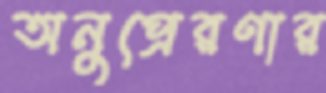
অনুপ্রেরণার